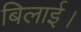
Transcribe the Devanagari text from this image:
बिलाई।